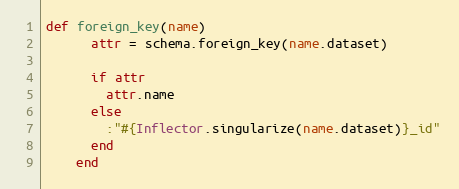
Language: Ruby
def foreign_key(name)
      attr = schema.foreign_key(name.dataset)

      if attr
        attr.name
      else
        :"#{Inflector.singularize(name.dataset)}_id"
      end
    end